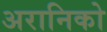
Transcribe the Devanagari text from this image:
अरानिको